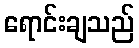
ရောင်းချသည်